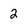
Character: 2